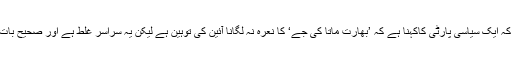
انہوں نے آرایس ایس اور بی جے پی کو تنقید کا نشانہ بناتے ہوئے کہا کہ ایک سیاسی پارٹی کاکہنا ہے کہ ’بھارت ماتا کی جے‘ کا نعرہ نہ لگانا آئین کی توہین ہے لیکن یہ سراسر غلط ہے اور صحیح بات یہ ہے کہ اس نعرہ کو سب پر تھوپنا اور تشدد کرنا آئین کی توہین ہے۔